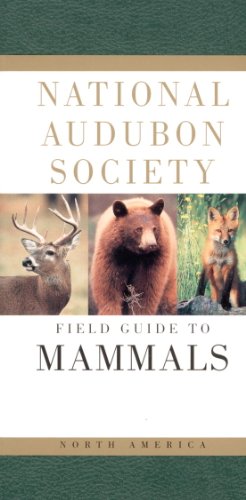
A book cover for National Audubon Society Field Guide to North American Mammals (National Audubon Society Field Guides); Jr. John O. Whitaker; Science & Math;